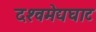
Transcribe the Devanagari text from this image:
दश्‍वमेद्यघाट